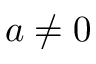
a \ne 0